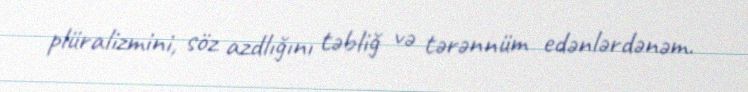
plüralizmini, söz azdlığını təbliğ və tərənnüm edənlərdənəm.